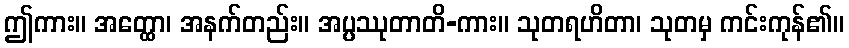
ဤကား။ အတ္ထော၊ အနက်တည်း။ အပ္ပဿုတာတိ-ကား။ သုတရဟိတာ၊ သုတမှ ကင်းကုန်၏။